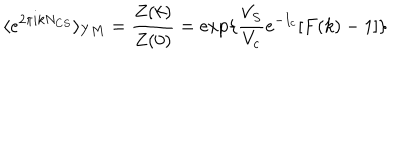
LaTeX: \langle e ^ { 2 \pi i k N _ { C S } } \rangle _ { Y M } = \frac { Z ( k ) } { Z ( 0 ) } = \exp \{ \frac { V _ { S } } { V _ { c } } e ^ { - I _ { c } } [ F ( k ) - 1 ] \}